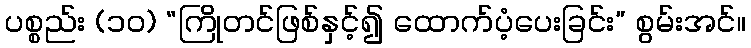
ပစ္စည်း (၁၀) “ကြိုတင်ဖြစ်နှင့်၍ ထောက်ပံ့ပေးခြင်း” စွမ်းအင်။